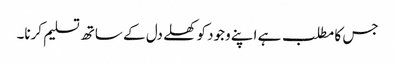
جس کا مطلب ہے اپنے وجود کو کھلے دل کے ساتھ تسلیم کرنا۔